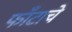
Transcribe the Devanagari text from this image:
फाँटाचे